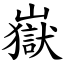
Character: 嶽